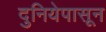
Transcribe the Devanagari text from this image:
दुनियेपासून